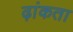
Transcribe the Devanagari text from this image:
ढ़ांकता